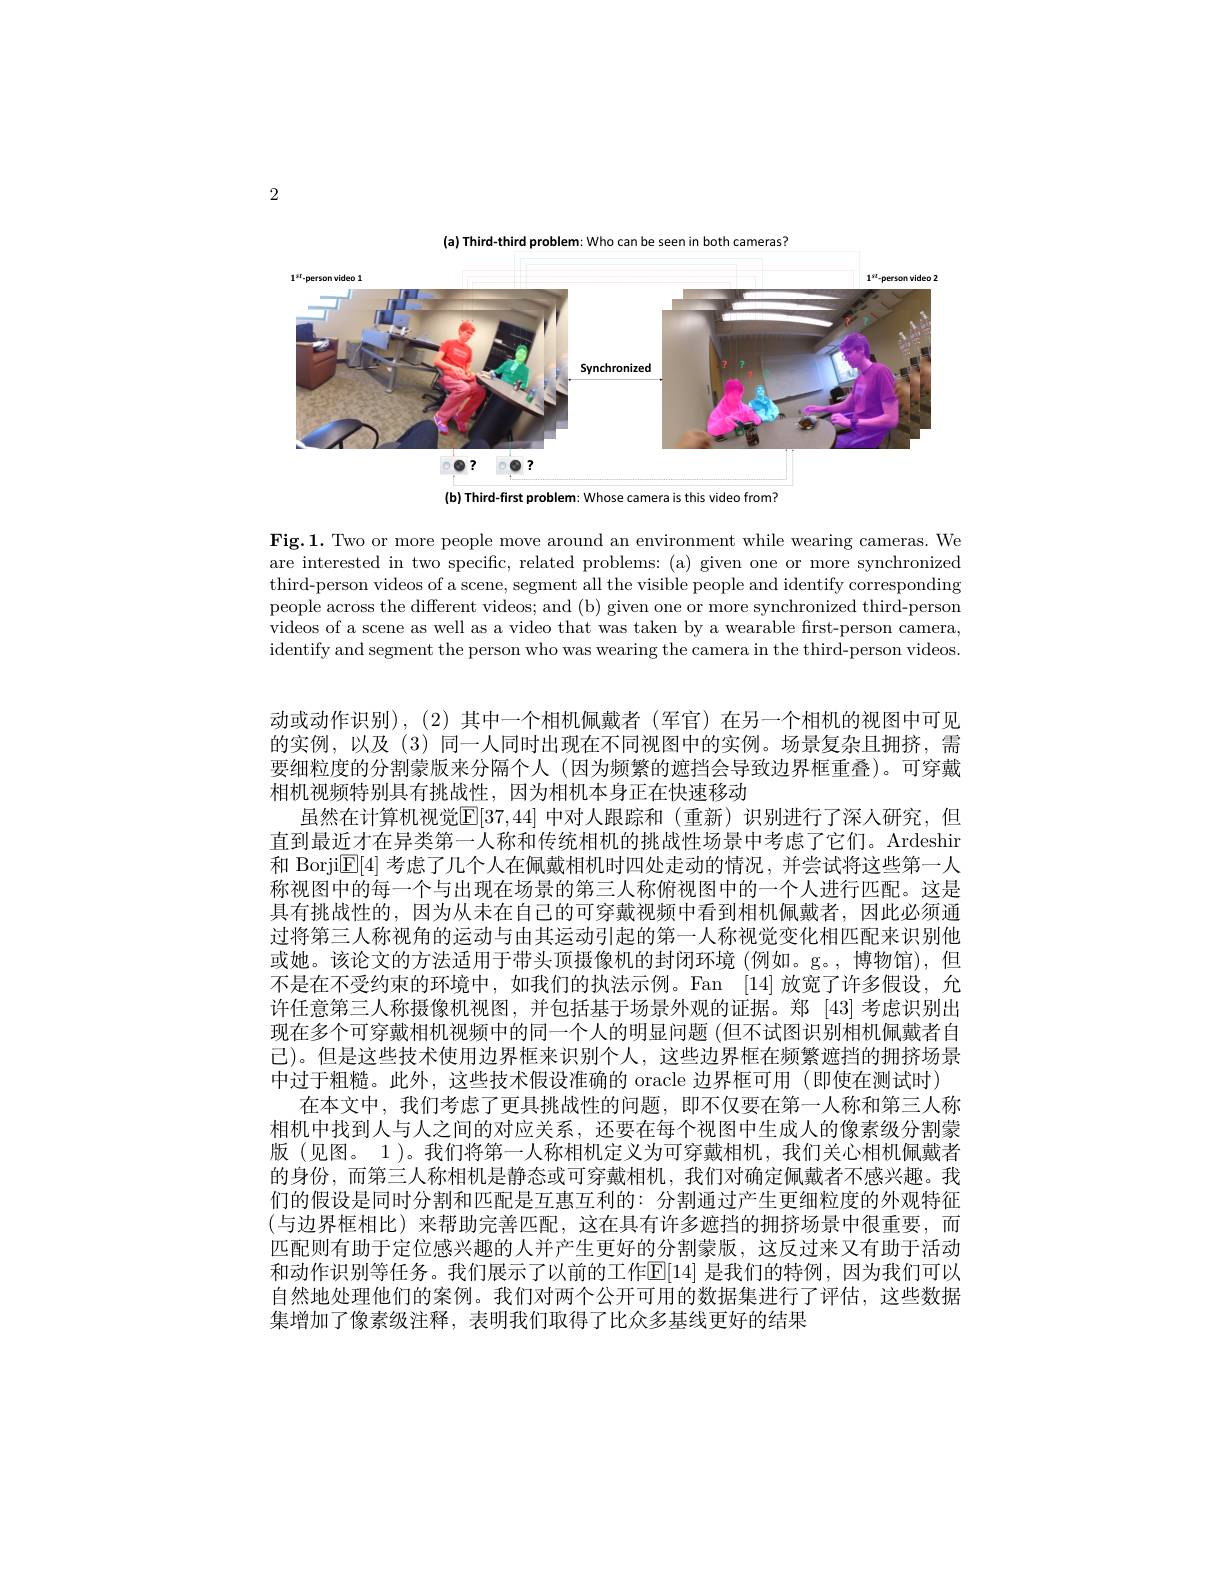
2

(a) Third-third problem: Who can be seen in both cameras?

<FigureHere>
(b) Third-first problem: Whose camera is this video from?

Fig.1. Two or more people move around an environment while wearing cameras. We are interested in two specific, related problems: (a) given one or more synchronized third-person videos of a scene, segment all the visible people and identify corresponding people across the different videos; and (b) given one or more synchronized third-person videos of a scene as well as a video that was taken by a wearable fırst-person camera, identify and segment the person who was wearing the camera in the third-person videos.

动或动作识别),(2)其中一个相机佩戴者(军官)在另一个相机的视图中可见的实例，以及(3)同一人同时出现在不同视图中的实例。场景复杂且拥挤，需要细粒度的分割蒙版来分隔个人 (因为频繁的遮挡会导致边界框重叠)。可穿戴相机视频特别具有挑战性，因为相机本身正在快速移动
虽然在计算机视觉$\mathbb{E}[37,44]$ 中对人跟踪和(重新)识别进行了深人研究，但直到最近才在异类第一人称和传统相机的挑战性场景中考虑了它们。Ardeshir 和 BorjilE[4] 考虑了几个人在佩戴相机时四处走动的情况，并尝试将这些第一人称视图中的每一个与出现在场景的第三人称俯视图中的一个人进行匹配。这是具有挑战性的，因为从未在自己的可穿戴视频中看到相机佩戴者，因此必须通过将第三人称视角的运动与由其运动引起的第一人称视觉变化相匹配来识别他或她。该论文的方法适用于带头顶摄像机的封闭环境 (例如。g。,博物馆),但不是在不受约束的环境中，如我们的执法示例。Fan [14]放宽了许多假设，允许任意第三人称摄像机视图，并包括基于场景外观的证据。郑 [43]考虑识别出现在多个可穿戴相机视频中的同一个人的明显问题 (但不试图识别相机佩戴者自已)。但是这些技术使用边界框来识别个人，这些边界框在频繁遮挡的拥挤场景中过于粗糙。此外，这些技术假设准确的 oracle 边界框可用 (即使在测试时)
在本文中，我们考虑了更具挑战性的问题，即不仅要在第一人称和第三人称相机中找到人与人之间的对应关系，还要在每个视图中生成人的像素级分割蒙版(见图。1)。我们将第一人称相机定义为可穿戴相机，我们关心相机佩戴者的身份，而第三人称相机是静态或可穿戴相机，我们对确定佩戴者不感兴趣。我们的假设是同时分割和匹配是互惠互利的：分割通过产生更细粒度的外观特征(与边界框相比)来帮助完善匹配，这在具有许多遮挡的拥挤场景中很重要，而匹配则有助于定位感兴趣的人并产生更好的分割蒙版，这反过来又有助于活动和动作识别等任务。我们展示了以前的工作E[14]是我们的特例，因为我们可以自然地处理他们的案例。我们对两个公开可用的数据集进行了评估，这些数据集增加了像素级注释，表明我们取得了比众多基线更好的结果